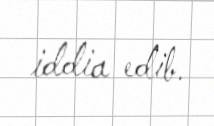
iddia edib.